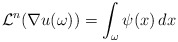
\begin{align*}\mathcal L^n(\nabla u(\omega)) = \int_\omega \psi (x)\, dx\end{align*}